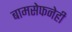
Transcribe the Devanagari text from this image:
बामसेफनेही